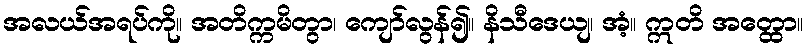
အလယ်အရပ်ကို။ အတိက္ကမိတွာ၊ ကျော်လွန်၍။ နိသီဒေယျ၊ အံ့။ ဣတိ အတ္ထော။